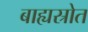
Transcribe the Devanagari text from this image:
बाह्यस्रोत